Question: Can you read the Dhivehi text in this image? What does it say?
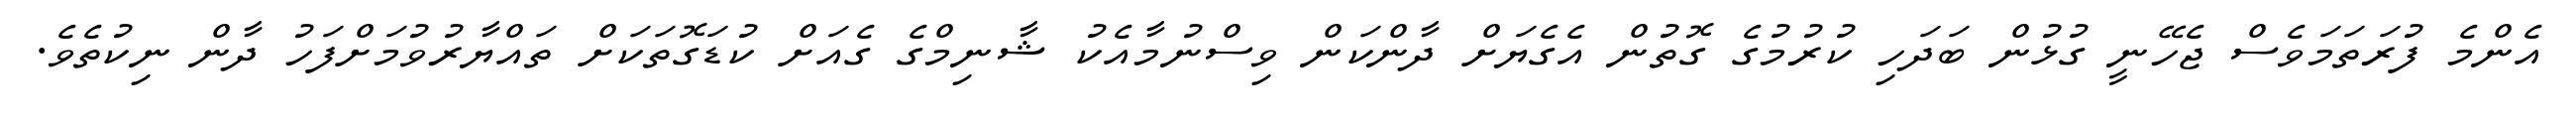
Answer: އެންމެ ފުރަތަމަވެސް ޖެހޭނީ ގުޅުން ބަދަހި ކުރުމުގެ ގޮތުން އެގެޔަށް ދާންކަން ވިސްނުމާއެކު ޝާނިމްގެ ގެއަށް ކުޑަގޮތަކަށް ތައްޔާރުވުމަށްފަހު ދާން ނިކުތެވެ.